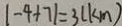
\vert - 4 + 7 \vert = 3 ( k m )